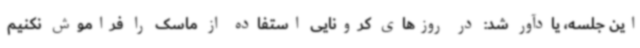
این جلسه، یادآور شد: در روزهای کرونایی استفاده از ماسک را فراموش نکنیم